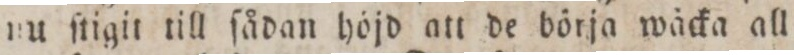
nu ſtigit till ſådan höjd att de börja wäcka all=